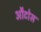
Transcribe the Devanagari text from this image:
औटोस